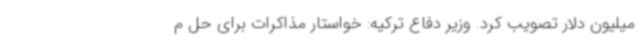
میلیون دلار تصویب کرد. وزیر دفاع ترکیه: خواستار مذاکرات برای حل م